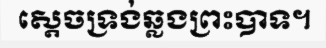
ស្តេចទ្រង់ឆ្លងព្រះបាទ។